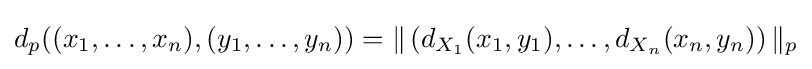
d_{p}((x_{1},\ldots ,x_{n}),(y_{1},\ldots ,y_{n}))=\|\left(d_{X_{1}}(x_{1},y_{1}),\ldots ,d_{X_{n}}(x_{n},y_{n})\right)\|_{p}